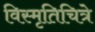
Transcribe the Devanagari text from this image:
विस्मृतिचित्रे